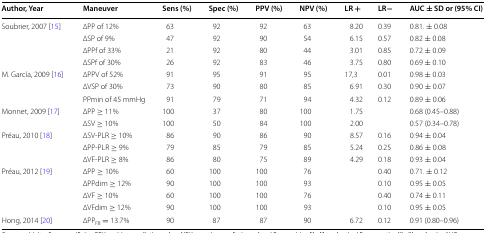
<table><thead><tr><td><b>Author, Year</b></td><td><b>Maneuver</b></td><td><b>Sens (%)</b></td><td><b>Spec (%)</b></td><td><b>PPV (%)</b></td><td><b>NPV (%)</b></td><td><b>LR +</b></td><td><b>LR−</b></td><td><b>AUC ± SD or (95% CI)</b></td></tr></thead><tbody><tr><td rowspan="4">Soubrier, 2007 [15]</td><td>∆PP of 12%</td><td>63</td><td>92</td><td>92</td><td>63</td><td>8.20</td><td>0.39</td><td>0.81. ± 0.08</td></tr><tr><td>∆SP of 9%</td><td>47</td><td>92</td><td>90</td><td>54</td><td>6.15</td><td>0.57</td><td>0.82 ± 0.08</td></tr><tr><td>∆PPf of 33%</td><td>21</td><td>92</td><td>80</td><td>44</td><td>3.01</td><td>0.85</td><td>0.72 ± 0.09</td></tr><tr><td>∆SPf of 30%</td><td>26</td><td>92</td><td>83</td><td>46</td><td>3.75</td><td>0.80</td><td>0.69 ± 0.10</td></tr><tr><td rowspan="3">M. García, 2009 [16]</td><td>∆PPV of 52%</td><td>91</td><td>95</td><td>91</td><td>95</td><td>17,3</td><td>0.01</td><td>0.98 ± 0.03</td></tr><tr><td>∆VSP of 30%</td><td>73</td><td>90</td><td>80</td><td>85</td><td>6.91</td><td>0.30</td><td>0.90 ± 0.07</td></tr><tr><td>PPmin of 45 mmHg</td><td>91</td><td>79</td><td>71</td><td>94</td><td>4.32</td><td>0.12</td><td>0.89 ± 0.06</td></tr><tr><td rowspan="2">Monnet, 2009 [17]</td><td>∆PP ≥ 11%</td><td>100</td><td>37</td><td>80</td><td>100</td><td>1.75</td><td></td><td>0.68 (0.45–0.88)</td></tr><tr><td>∆SV ≥ 10%</td><td>100</td><td>50</td><td>84</td><td>100</td><td>2.00</td><td></td><td>0.57 (0.34–0.78)</td></tr><tr><td rowspan="3">Préau, 2010 [18]</td><td>∆SV-PLR ≥ 10%</td><td>86</td><td>90</td><td>86</td><td>90</td><td>8.57</td><td>0.16</td><td>0.94 ± 0.04</td></tr><tr><td>∆PP-PLR ≥ 9%</td><td>79</td><td>85</td><td>79</td><td>85</td><td>5.24</td><td>0.25</td><td>0.86 ± 0.08</td></tr><tr><td>∆VF-PLR ≥ 8%</td><td>86</td><td>80</td><td>75</td><td>89</td><td>4.29</td><td>0.18</td><td>0.93 ± 0.04</td></tr><tr><td rowspan="4">Préau, 2012 [19]</td><td>∆PP ≥ 10%</td><td>60</td><td>100</td><td>100</td><td>76</td><td></td><td>0.40</td><td>0.71. ± 0.12</td></tr><tr><td>∆PPdim ≥ 12%</td><td>90</td><td>100</td><td>100</td><td>93</td><td></td><td>0.10</td><td>0.95 ± 0.05</td></tr><tr><td>∆VF ≥ 10%</td><td>60</td><td>100</td><td>100</td><td>76</td><td></td><td>0.40</td><td>0.74 ± 0.11</td></tr><tr><td>∆VFdim ≥ 12%</td><td>90</td><td>100</td><td>100</td><td>93</td><td></td><td>0.10</td><td>0.95 ± 0.05</td></tr><tr><td>Hong, 2014 [20]</td><td>∆PP<sub>FB</sub> = 13.7%</td><td>90</td><td>87</td><td>87</td><td>90</td><td>6.72</td><td>0.12</td><td>0.91 (0.80–0.96)</td></tr></tbody></table>